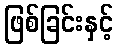
ဖြစ်ခြင်းနှင့်